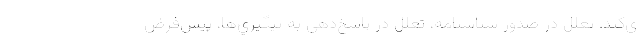
ي‌كند. تعلل در صدور شناسنامه، تعلل در پاسخ‌دهي به پيگيري‌ها، پيش‌فرض